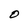
Character: O